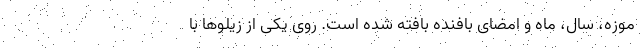
موزه، سال، ماه و امضای بافنده بافته شده است. روی یکی از زیلوها با